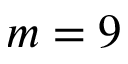
m = 9